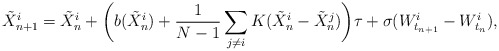
\begin{align*}\tilde X_{n+1}^i = \tilde X_n^i +\bigg(b(\tilde X_n^i) + \frac1{N-1}\sum_{j\neq i}K(\tilde X_n^i-\tilde X_n^j)\bigg)\tau + \sigma(W_{t_{n+1}}^i - W_{t_n}^i),\end{align*}